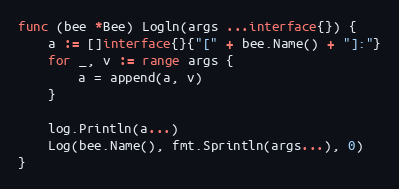
Language: Go
func (bee *Bee) Logln(args ...interface{}) {
	a := []interface{}{"[" + bee.Name() + "]:"}
	for _, v := range args {
		a = append(a, v)
	}

	log.Println(a...)
	Log(bee.Name(), fmt.Sprintln(args...), 0)
}